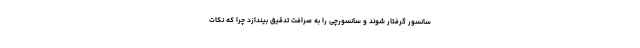
سانسور گرفتار شوند و سانسورچی را به صرافت تدقیق بیندازد چرا که نکات